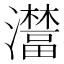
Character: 𤃺